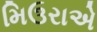
મિઉરાએ